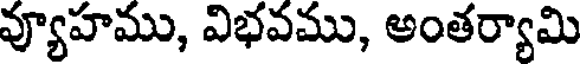
వ్యూహము, విభవము, అంతర్యామి